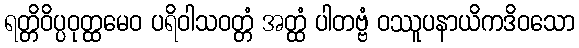
ရတ္တိဝိပ္ပဝုတ္ထမေဝ ပရိဝါသဝတ္တံ အတ္ထံ ပါတဗ္ဗံ ဝဿူပနာယိကဒိဝသော